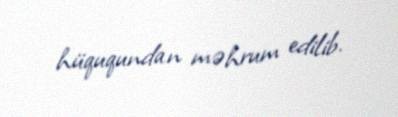
hüququndan məhrum edilib.